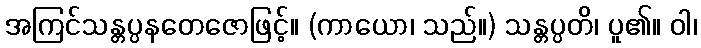
အကြင်သန္တပ္ပနတေဇောဖြင့်။ (ကာယော၊ သည်။) သန္တပ္ပတိ၊ ပူ၏။ ဝါ၊